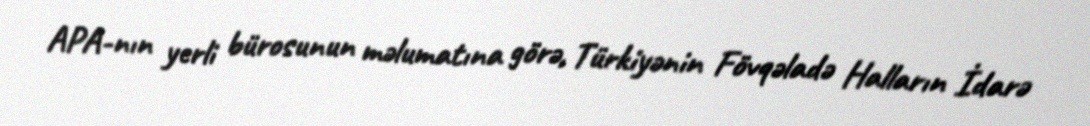
APA-nın yerli bürosunun məlumatına görə, Türkiyənin Fövqəladə Halların İdarə